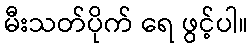
မီးသတ်ပိုက် ရေ ဖွင့်ပါ။